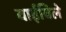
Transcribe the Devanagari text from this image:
वाईविले